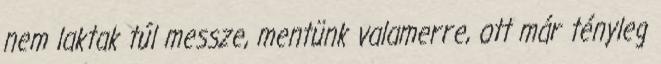
nem laktak túl messze, mentünk valamerre, ott már tényleg